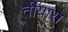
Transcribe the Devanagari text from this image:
तीयास